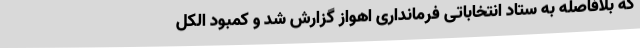
که بلافاصله به ستاد انتخاباتی فرمانداری اهواز گزارش شد و کمبود الکل